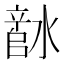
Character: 𬉅